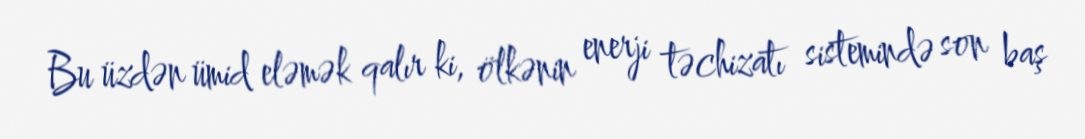
Bu üzdən ümid eləmək qalır ki, ölkənin enerji təchizatı sistemində son baş